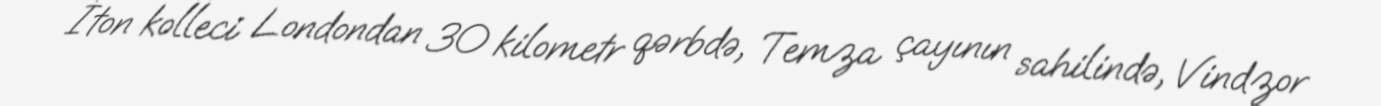
İton kolleci Londondan 30 kilometr qərbdə, Temza çayının sahilində, Vindzor